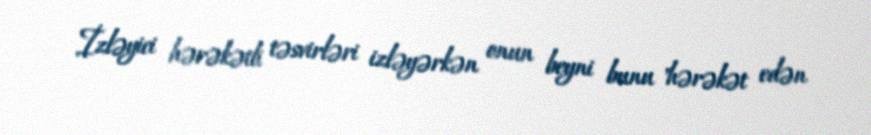
İzləyici hərəkətli təsvirləri izləyərkən onun beyni bunu "hərəkət edən